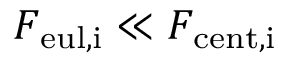
{ F _ { \mathrm { e u l , i } } \ll F _ { \mathrm { c e n t , i } } }